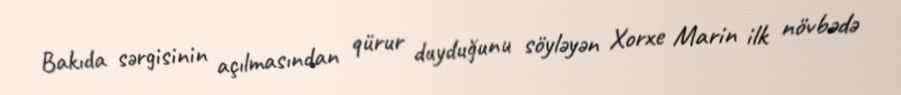
Bakıda sərgisinin açılmasından qürur duyduğunu söyləyən Xorxe Marin ilk növbədə